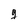
Character: g